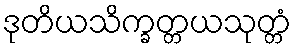
ဒုတိယသိက္ခတ္တယသုတ္တံ